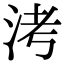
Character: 洘